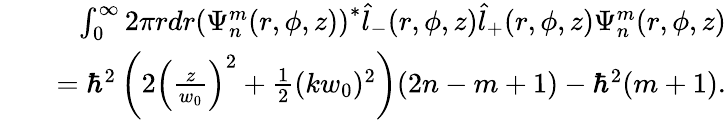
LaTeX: \begin{array}{rlr}&{}&{\int_{0}^{\infty}2\pi rdr\left(\Psi_{n}^{m}(r,\phi,z)\right)^{*}\hat{l}_{-}(r,\phi,z)\hat{l}_{+}(r,\phi,z)\Psi_{n}^{m}(r,\phi,z)}\\ &{}&{=\hbar^{2}\left(2\left(\frac{z}{w_{0}}\right)^{2}+\frac{1}{2}(kw_{0})^{2}\right)(2n-m+1)-\hbar^{2}(m+1).}\end{array}